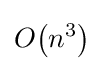
O{\mathord {\left(n^{3}\right)}}